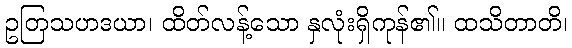
ဥတြသဟဒယာ၊ ထိတ်လန့်သော နှလုံးရှိကုန်၏။ ထသိတာတိ၊